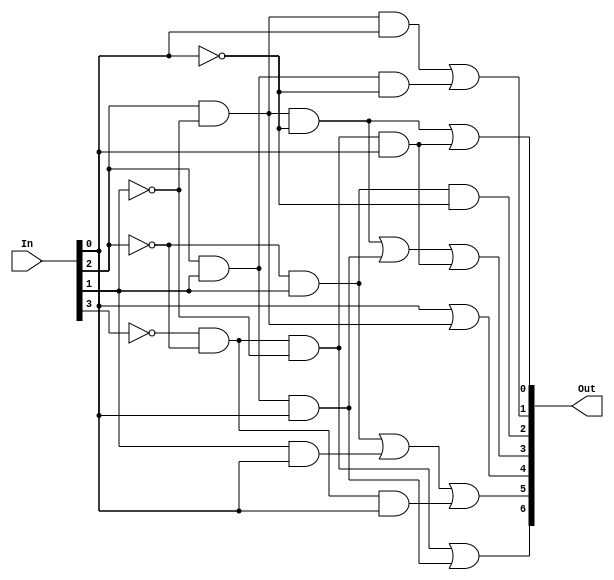
`timescale 1ns / 1ps
module bcd_a_7_seg (In, Out); 

input [3:0] In;
output [6:0] Out; 
wire A, B, C, D;

assign A = In [3];

assign B = In [2];

assign C = In [1];

assign D = In [0];


assign Out [0] =(B) & (~C) & (~D) | (~A) & (~B) & (~C) & (D);

assign Out [1] =(B) & (~C) & (D) | (B) & (C) & (~D);

assign Out [2] =(~B) & (C) & (~D); 

assign Out [3] = (B) & (~C) & (~D) | (B) & (C) & (D) | (~A) & (~B) & (~C) & (D);

assign Out [4] = (D) | (B) & (~C);

assign Out [5] = (~B) & (C) | (C) & (D) |(~A) & (~B) & (D);

assign Out [6] =(~A) & (~B) & (~C) | (B) & (C) & (D);
endmodule